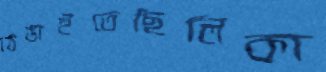
ঠেঙাইতেছিলিকা